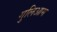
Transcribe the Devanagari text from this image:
गुलिआम